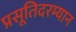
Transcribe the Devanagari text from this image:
प्रसूतिदरम्यान